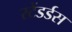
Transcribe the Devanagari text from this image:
स्टेंडर्डस